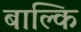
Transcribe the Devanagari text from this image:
बाल्कि